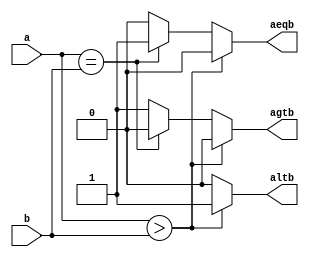
module comp
    #(
        parameter N=4
    )
    (
        input [N-1:0] a,b,
        output reg altb, aeqb, agtb
    );

    always@(*) begin
        altb <= 0;
        aeqb <= 0;
        agtb <= 0;

        if (a>b) altb <= 1'b1;
        else if (a==b) aeqb <= 1'b1;
        else agtb <= 1'b1;
    end

endmodule